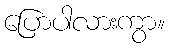
ပြောပါလားကွာ။